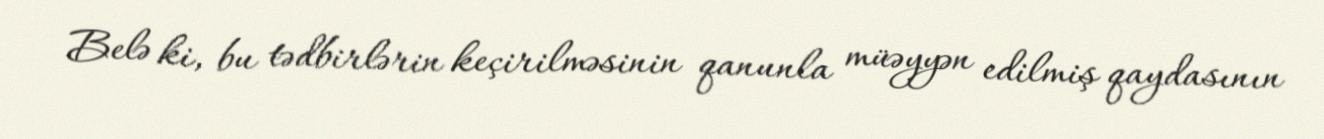
Belə ki, bu tədbirlərin keçirilməsinin qanunla müəyyən edilmiş qaydasının